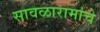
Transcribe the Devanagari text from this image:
सावळारामांचे